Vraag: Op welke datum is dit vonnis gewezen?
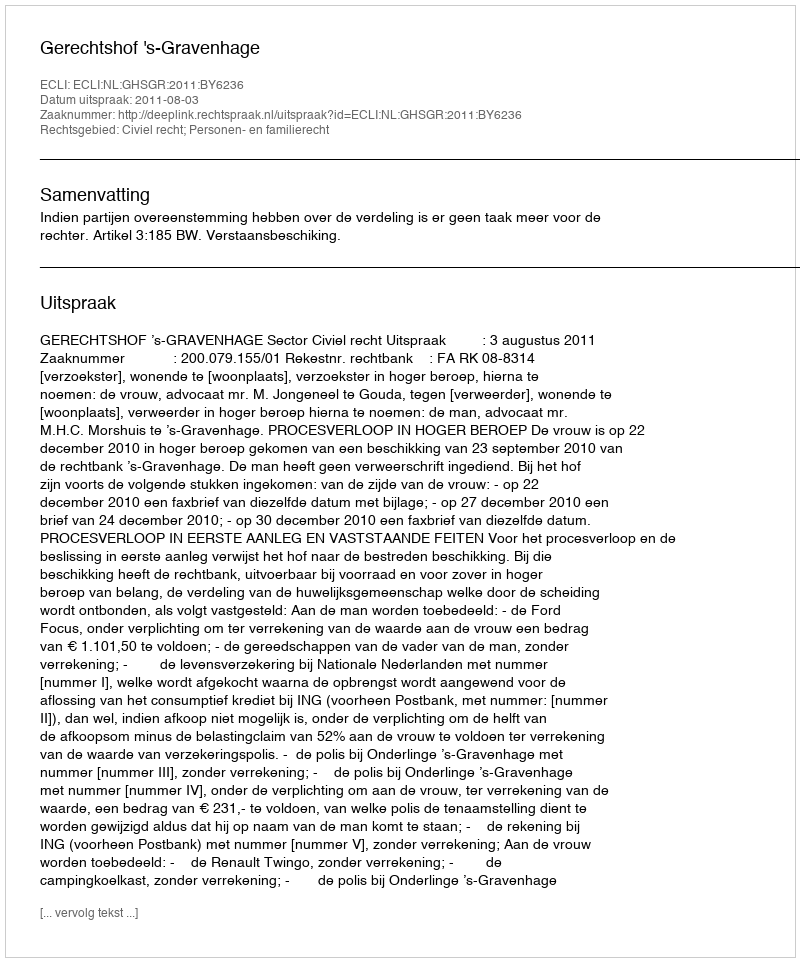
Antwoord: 2011-08-03